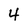
Character: 4